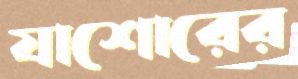
যাশোরের